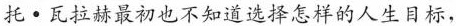
托·瓦拉赫最初也不知道选择怎样的人生目标,